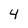
Character: 4